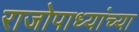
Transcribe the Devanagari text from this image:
राजोपाध्यांच्या